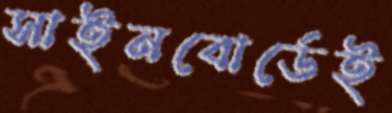
সাইনবোর্ডেই